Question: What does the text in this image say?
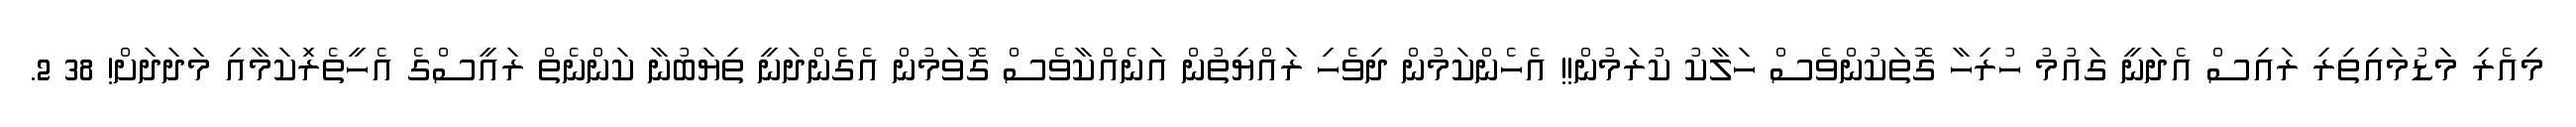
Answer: މިއެރި މަޑުމައިތިރި ރައިސް އެދަނީ ގައުމު ހުރިހާ ގޮތަކުންވެސް ހަލާކު ކުރަމުން!! އެހެންކަމުން ދިވެހި ރައްޔިތުން އަނެއްކާވެސް ގޮވަމުން އެގެންދަނީ ތިޔަބުނާ ކަންނެތް ރައީސްގެ އެހީތެރިަކަމާއި މަދަދަށް! 38 2.